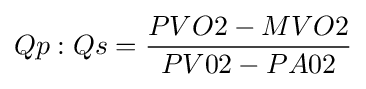
Qp:Qs={\frac {PVO2-MVO2}{PV02-PA02}}